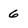
Character: 6